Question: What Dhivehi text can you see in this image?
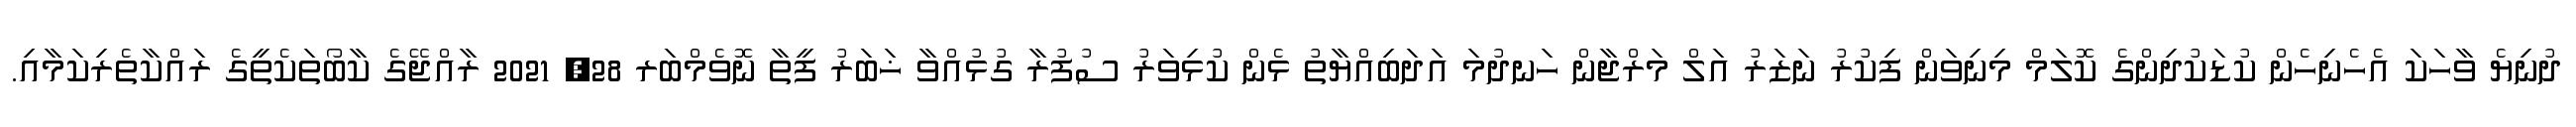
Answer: ދުނިޔެ ވާހަކަ އެހެނިހެން ކުޑަކުދިންގެ ކޮލަމް މިނިވަން ފިކުރު ނަޒަރު އަލް މަރްޖާން ހަނދުމަ އަދަބިއްޔާތު ޅެން ކުޅިވަރު ސުފުރާ ގުޅުއްވާ ޚަބަރު ފީތާ ނޮވެމްބަރ 28, 2021 ރާއްޖޭގެ ކާބޯތަކެތީގެ ރައްކާތެރިކަމާއި.